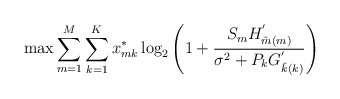
\begin{align*}&\max \sum_{m=1}^{M} \sum_{k=1}^{K}x^*_{mk}\log_2\left(1+\frac{{S_{m}}H^{'}_{\hat{m}(m)}}{\sigma^2+{P_{k}}G^{'}_{\hat{k}(k)}}\right)\end{align*}